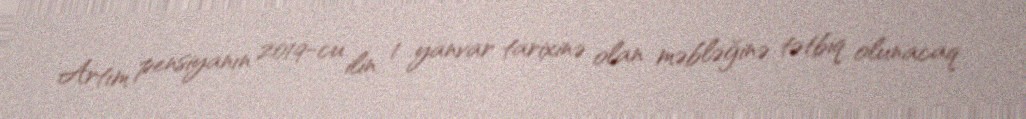
Artım pensiyanın 2019-cu ilin 1 yanvar tarixinə olan məbləğinə tətbiq olunacaq